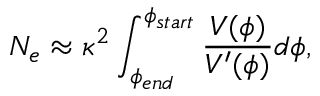
N _ { e } \approx \kappa ^ { 2 } \int _ { \phi _ { e n d } } ^ { \phi _ { s t a r t } } \frac { V ( \phi ) } { V ^ { \prime } ( \phi ) } d \phi ,